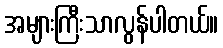
အများကြီးသာလွန်ပါတယ်။